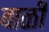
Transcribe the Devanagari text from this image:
बाळी